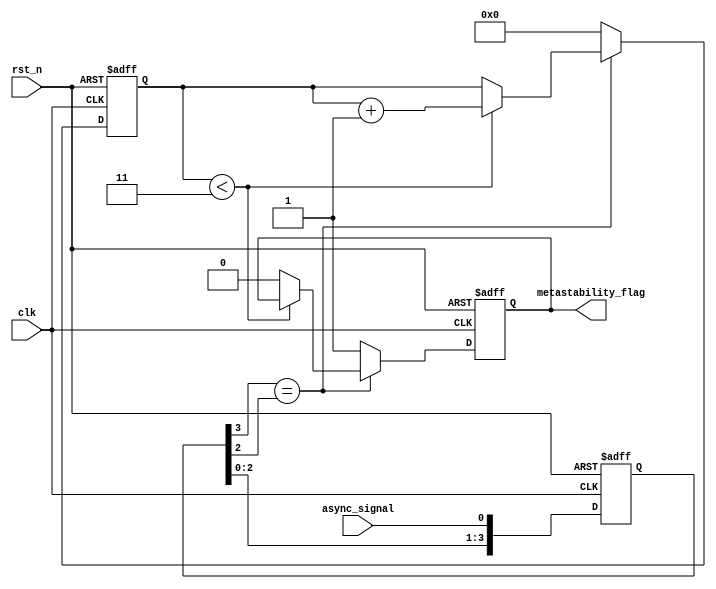
module metastability_detector (
    input wire clk,                // Sampling clock
    input wire rst_n,              // Active low reset
    input wire async_signal,       // Asynchronous input signal
    output reg metastability_flag   // Metastability detection flag
);

    // Parameters
    parameter NUM_STAGES = 4;      // Number of flip-flops in the cascade
    parameter STABLE_THRESHOLD = 3; // Number of stable samples to consider valid

    // Internal signals
    reg [NUM_STAGES-1:0] samples;   // Shift register to hold samples
    reg [NUM_STAGES-1:0] stable_count; // Counter for stable samples

    // Reset logic and sampling mechanism
    always @(posedge clk or negedge rst_n) begin
        if (!rst_n) begin
            samples <= 0;
            stable_count <= 0;
            metastability_flag <= 0;
        end else begin
            // Shift the samples
            samples <= {samples[NUM_STAGES-2:0], async_signal};

            // Check for stability
            if (samples[NUM_STAGES-1] == samples[NUM_STAGES-2]) begin
                if (stable_count < STABLE_THRESHOLD)
                    stable_count <= stable_count + 1;
                else
                    metastability_flag <= 0; // Clear flag if stable
            end else begin
                stable_count <= 0; // Reset count if not stable
                metastability_flag <= 1; // Set flag if metastable condition detected
            end
        end
    end

endmodule